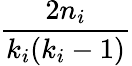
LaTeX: \frac{2n_{i}}{k_{i}(k_{i}-1)}